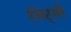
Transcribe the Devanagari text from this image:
रॉबर्ट्सने